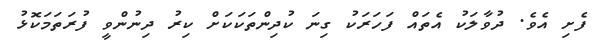
ފެށި އެވެ. ދުވާލަކު އެތައް ފަހަރަކު ގިނަ ކުދިންތަކަކަށް ކިރު ދިނުންވީ ފުރަތަމަކޮޅު